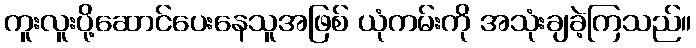
ကူးလူးပို့ဆောင်ပေးနေသူအဖြစ် ယုံကမ်းကို အသုံးချခဲ့ကြသည်။